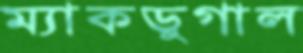
ম্যাকডুগাল